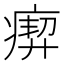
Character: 𤸞